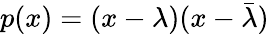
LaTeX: p(x)=(x-\lambda)(x-{\bar{\lambda}})